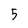
Character: 5